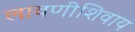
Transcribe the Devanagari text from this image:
लावणीशिवाय